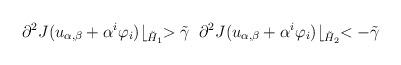
LaTeX: \begin{align*} \partial^{2} J(u_{\alpha, \beta}+\alpha^{i}\varphi_{i})\lfloor _{\tilde H_{1}}>\tilde \gamma\;\;\partial^{2} J(u_{\alpha, \beta} +\alpha^{i}\varphi_{i})\lfloor _{\tilde H_{2}}<-\tilde \gamma\end{align*}